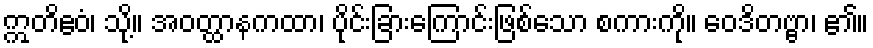
ဣတိဧဝံ၊ သို့။ အဝတ္ထာနကထာ၊ ပိုင်းခြားကြောင်းဖြစ်သော စကားကို။ ဝေဒိတဗ္ဗာ၊ ၏။